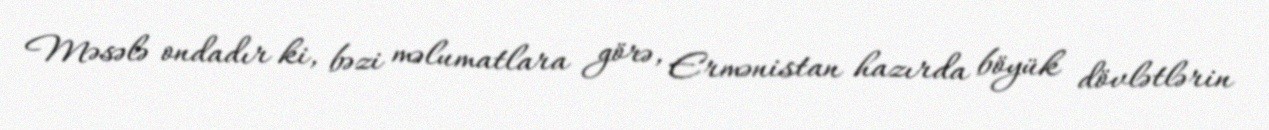
Məsələ ondadır ki, bəzi məlumatlara görə, Ermənistan hazırda böyük dövlətlərin